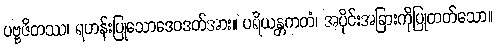
ပဗ္ဗဇိတဿ၊ ရဟန်းပြုသောဒေဝဒတ်အား။ ပရိယန္တကတံ၊ အပိုင်းအခြားကိုပြုတတ်သော။